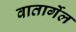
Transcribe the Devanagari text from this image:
वातार्गेल